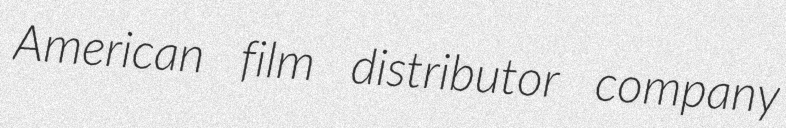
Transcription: American film distributor company